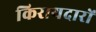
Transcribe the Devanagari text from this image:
किरायदारों